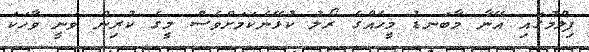
ފިލްމުގައި އޭނާ މާބަނޑު މީހެއްގެ ރޯލު ކުޅޭނެކަމަށްވެސް މީގެ ކުރިން ވަނީ ވާހަކަ